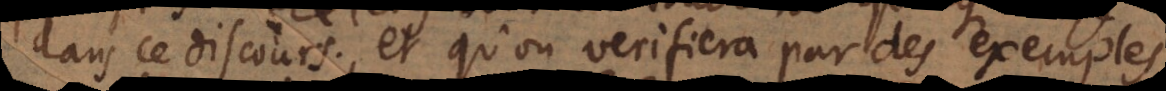
ce discours, et qu’on verifiera par des exemples